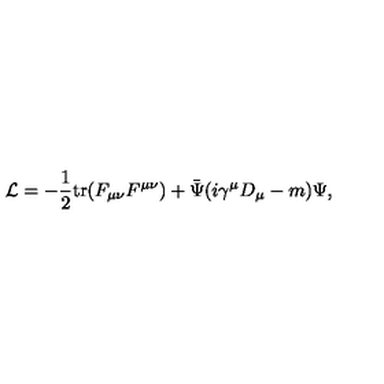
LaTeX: { \cal L } = - \frac { 1 } { 2 } \mathrm { t r } ( F _ { \mu \nu } F ^ { \mu \nu } ) + \bar { \Psi } ( i \gamma ^ { \mu } D _ { \mu } - m ) \Psi ,